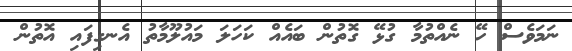
ނަމަވެސް ހޭ ނެއްތުމާ ގުޅޭ ގޮތުން ބައެއް ކަހަލަ މައުލޫމާތު އެނގިފައި އޮތުން